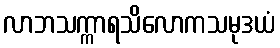
လာဘသက္ကာရသိလောကသမုဒယံ